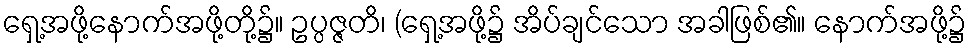
ရှေ့အဖို့နောက်အဖို့တို့၌။ ဥပ္ပဇ္ဇတိ၊ (ရှေ့အဖို့၌ အိပ်ချင်သော အခါဖြစ်၏။ နောက်အဖို့၌